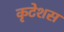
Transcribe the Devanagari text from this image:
कृटेशस